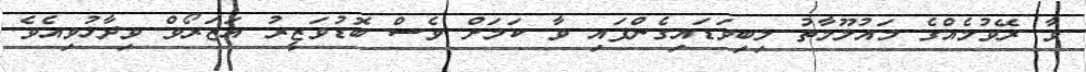
ވާ ރޭވުމެއްގެ މައުލޫމާތު ލިބިވަޑައިގެންފައި ވާ ކަމަށް ވެސް ބޮޑުވަޒީރު އަޒަރޯވް ވިދާޅުވިއެވެ.